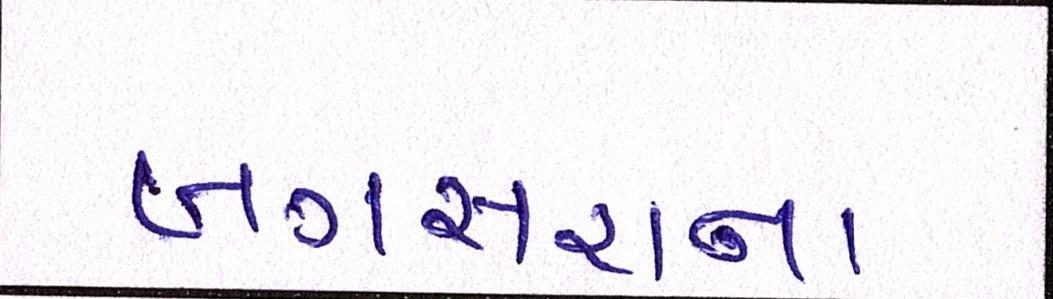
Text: બગસરાના